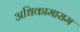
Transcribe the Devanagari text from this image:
अधिकामासम